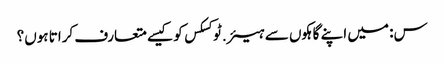
س: میں اپنے گاہکوں سے ہیئر.ٹوکسکس کو کیسے متعارف کراتا ہوں؟